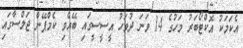
އެކަމަކު އޮކްޓޯބަރު މަހުގެ 14 ވަނަ ދުވަހު އީސީސީގައި ބޭއްވި ކެމްޕޭން ޖަލްސާގައި